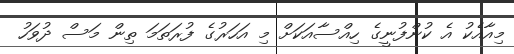
މިއާއެކު އެ ކުންފުނީގެ ހިއްސާއަކަށް މި އަހަރުގެ ފުރަތަމަ ތިން މަސް ދުވަހު